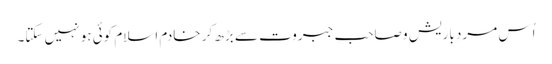
اُس مردِ باریش و صاحبِ جبروت سے بڑھ کر خادم اسلام کوئی ہو نہیں سکتا۔